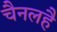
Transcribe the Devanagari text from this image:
चैनलहै